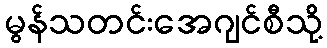
မွန်သတင်းအေဂျင်စီသို့